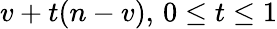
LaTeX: v+t(n-v),\, 0\leq t\leq 1